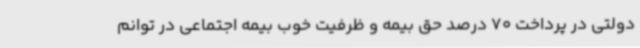
دولتی در پرداخت 70 درصد حق بیمه و ظرفیت خوب بیمه اجتماعی در توانم